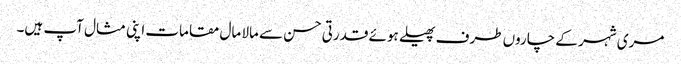
مری شہر کے چاروں طرف پھیلے ہوئے قدرتی حسن سے مالا مال مقامات اپنی مثال آپ ہیں۔